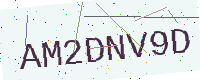
Text: AM2DNV9D